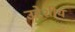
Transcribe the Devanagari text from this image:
उद्देशीय